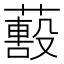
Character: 𦿓